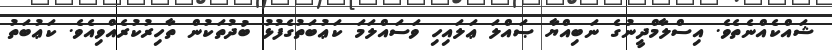
ޝައްކެއްނެތެވެ. އިސްލާމްދީނުގެ ނަބިއްޔާ ޞައްލަ ޢަލައިހި ވަސައްލަމަ ކަޢުބަތުގެފުޅު ބުދުތަކުން ތާހިރުކުރެއްވިއެވެ. ކަޢުބަތު